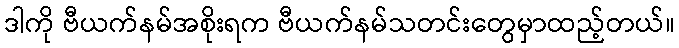
ဒါကို ဗီယက်နမ်အစိုးရက ဗီယက်နမ်သတင်းတွေမှာထည့်တယ်။